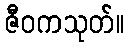
ဇီဝကသုတ်။